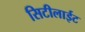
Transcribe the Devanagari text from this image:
सिटीलाईट